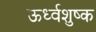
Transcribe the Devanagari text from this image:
ऊर्ध्वशुष्क